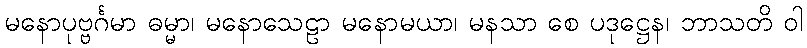
မနောပုဗ္ဗင်္ဂမာ ဓမ္မာ၊ မနောသေဠာ မနောမယာ၊ မနသာ စေ ပဒုဋ္ဌေန၊ ဘာသတိ ဝါ